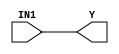
module stratixiigx_and1 (Y, IN1);
   input IN1;
   output Y;
   specify
      (IN1 => Y) = (0, 0);
   endspecify
   buf (Y, IN1);
endmodule